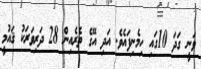
ވަނީ ގަދަ 10ގައި ހިމެނިފައެވެ. އަދި އޭގެ ތެރެއިން 28 ދަރިވަރަކު ޤައުމީ